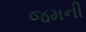
જમની